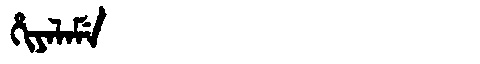
Manchu: ᡥᡳᠶᠠᠯᠠᠮᡝ
Romanization: HIYALAME